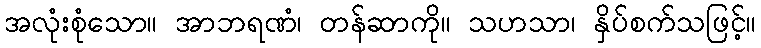
အလုံးစုံသော။ အာဘရဏံ၊ တန်ဆာကို။ သဟသာ၊ နှိပ်စက်သဖြင့်။